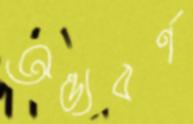
অন্ত্যবর্ণ